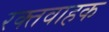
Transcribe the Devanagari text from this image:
रक्तवाहक